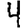
Digit: 4